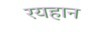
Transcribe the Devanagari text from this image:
रयहान